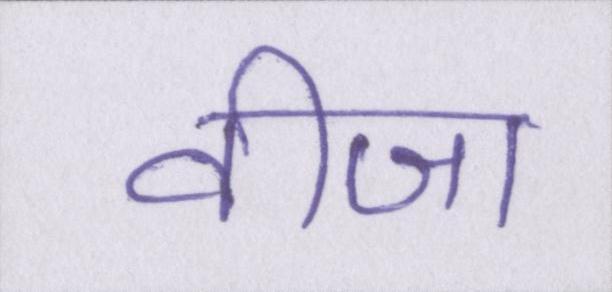
वीजा